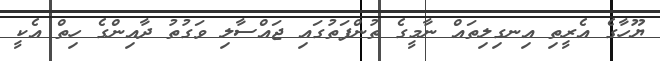
ޔޫހާގެ އެރީތި އިނގިލިތައް ނާމީގެ ތުންފަތުގައި ޖައްސާލި ވަގުތު ދާއިންގެ ހިތް އެކީ